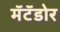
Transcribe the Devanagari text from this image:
मॅटॅडोर